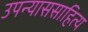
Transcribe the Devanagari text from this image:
उपन्याससाहित्य